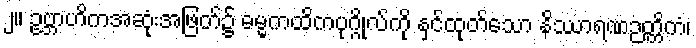
၂။ ဥဗ္ဘာဟိကအဆုံးအဖြတ်၌ ဓမ္မကထိကပုဂ္ဂိုလ်ကို နှင်ထုတ်သော နိဿာရဏဉတ္တိကံ၊